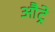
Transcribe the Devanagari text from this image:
औट्रे